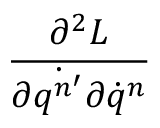
\frac { \partial ^ { 2 } L } { \partial \dot { q ^ { n ^ { \prime } } } \partial \dot { q } ^ { n } }